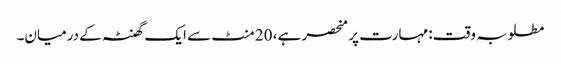
مطلوبہ وقت: مہارت پر منحصر ہے ، 20 منٹ سے ایک گھنٹہ کے درمیان۔